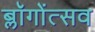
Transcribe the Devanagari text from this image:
ब्लॉगोंत्सव